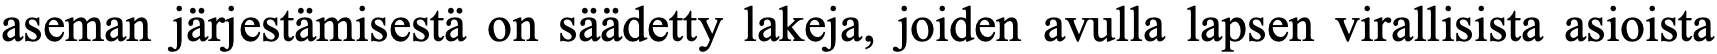
aseman järjestämisestä on säädetty lakeja, joiden avulla lapsen virallisista asioista